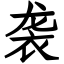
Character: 袭